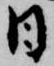
日